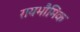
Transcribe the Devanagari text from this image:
रायभौमिक